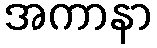
အကာနာ